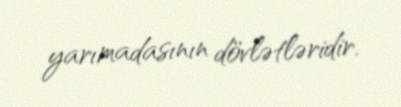
yarımadasının dövlətləridir.